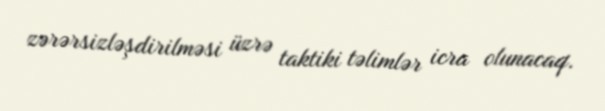
zərərsizləşdirilməsi üzrə taktiki təlimlər icra olunacaq.